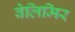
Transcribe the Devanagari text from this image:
वेलिमिर